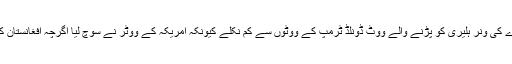
ہر پول ہر اندازے کی ونر ہلیری کو پڑنے والے ووٹ ڈونلڈ ٹرمپ کے ووٹوں سے کم نکلے کیونکہ امریکہ کے ووٹر نے سوچ لیا اگرچہ افغانستان کی ناکامی، مڈل۔